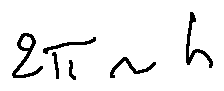
2 \pi r h